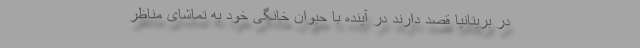
در بریتانیا قصد دارند در آینده با حیوان خانگی خود به تماشای مناظر